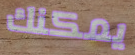
يمكنك